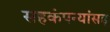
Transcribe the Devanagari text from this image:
सहकंपन्यांसह